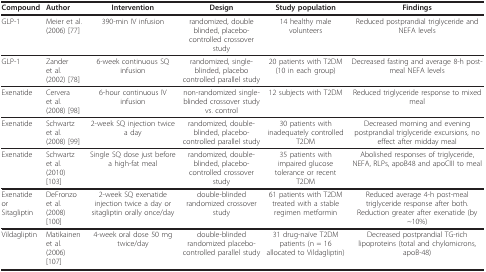
| Compound | Author | Intervention | Design | Study population | Findings |
 | --- | --- | --- | --- | --- | --- |
 | GLP-1 | Meier et al. (2006) [77] | 390-min IV infusion | randomized, double blinded, placebo-controlled crossover study | 14 healthy male volunteers | Reduced postprandial triglyceride and NEFA levels |
 | GLP-1 | Zander et al. (2002) [78] | 6-week continuous SQ infusion | randomized, single-blinded, placebo controlled parallel study | 20 patients with T2DM (10 in each group) | Decreased fasting and average 8-h post-meal NEFA levels |
 | Exenatide | Cervera et al. (2008) [98] | 6-hour continuous IV infusion | non-randomized single-blinded crossover study vs. control | 12 subjects with T2DM | Reduced triglyceride response to mixed meal |
 | Exenatide | Schwartz et al. (2008) [99] | 2-week SQ injection twice a day | randomized, double-blinded, placebo-controlled parallel study | 30 patients with inadequately controlled T2DM | Decreased morning and evening postprandial triglyceride excursions, no effect after midday meal |
 | Exenatide | Schwartz et al. (2010) [103] | Single SQ dose just before a high-fat meal | randomized, double-blinded, placebo-controlled crossover study | 35 patients with impaired glucose tolerance or recent T2DM | Abolished responses of triglyceride, NEFA, RLPs, apoB48 and apoCIII to meal |
 | Exenatide or Sitagliptin | DeFronzo et al. (2008) [100] | 2-week SQ exenatide injection twice a day or sitagliptin orally once/day | double-blinded randomized crossover study | 61 patients with T2DM treated with a stable regimen metformin | Reduced average 4-h post-meal triglyceride response after both. Reduction greater after exenatide (by ~10%) |
 | Vildagliptin | Matikainen et al. (2006) [107] | 4-week oral dose 50 mg twice/day | double-blinded randomized placebo-controlled parallel study | 31 drug-naïve T2DM patients (n = 16 allocated to Vildagliptin) | Decreased postprandial TG-rich lipoproteins (total and chylomicrons, apoB-48) |